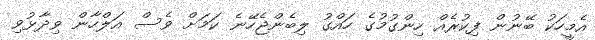
އެމީހަކު ބޭނުން ފިކުރެއް ހިންގުމުގެ ހައްގު ލިބެންޖެހޭނެ ކަމަށް ވެސް އަލްހާން ވިދާޅުވި